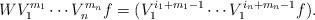
LaTeX: \begin{align*}WV_1^{m_1}\cdots V_n^{m_n}f=(V_1^{i_1+m_1-1}\cdots V_1^{i_n+m_n-1}f).\end{align*}